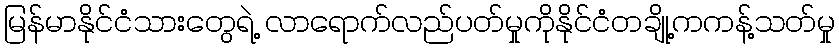
မြန်မာနိုင်ငံသားတွေရဲ့ လာရောက်လည်ပတ်မှုကိုနိုင်ငံတချို့ကကန့်သတ်မှု